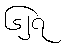
၆၂၇